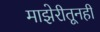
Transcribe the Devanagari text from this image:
माझेरीतूनही